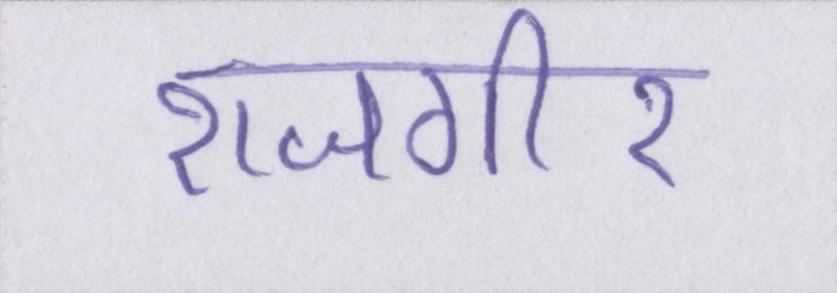
राजगीर